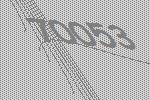
70053